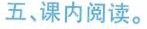
五、课内阅读。